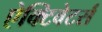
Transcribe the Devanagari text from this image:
ऐक्टिवेटर्स